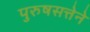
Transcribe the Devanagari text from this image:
पुरुषसत्तेने